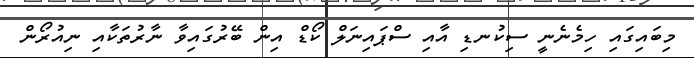
މިބައިގައި ހިމެނެނީ ސިކުނޑި އާއި ސްޕައިނަލް ކޯޑް އިން ބޭރުގައިވާ ނާރުތަކާއި ނިއުރޯން